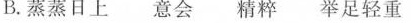
B.蒸蒸日上 意会 精粹 举足轻重